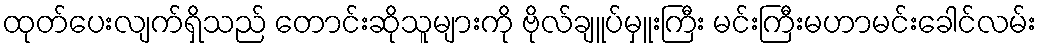
ထုတ်ပေးလျက်ရှိသည် တောင်းဆိုသူများကို ဗိုလ်ချူပ်မှူးကြီး မင်းကြီးမဟာမင်းခေါင်လမ်း